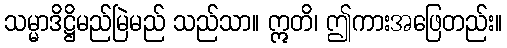
သမ္မာဒိဋ္ဌိမည်မြဲမည် သည်သာ။ ဣတိ၊ ဤကားအဖြေတည်း။